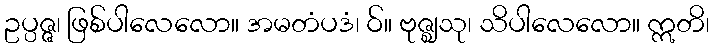
ဥပ္ပဇ္ဇ၊ ဖြစ်ပါလေလော။ အမတံပဒံ၊ ဝ်။ ဗုဇ္ဈသု၊ သိပါလေလော။ ဣတိ၊